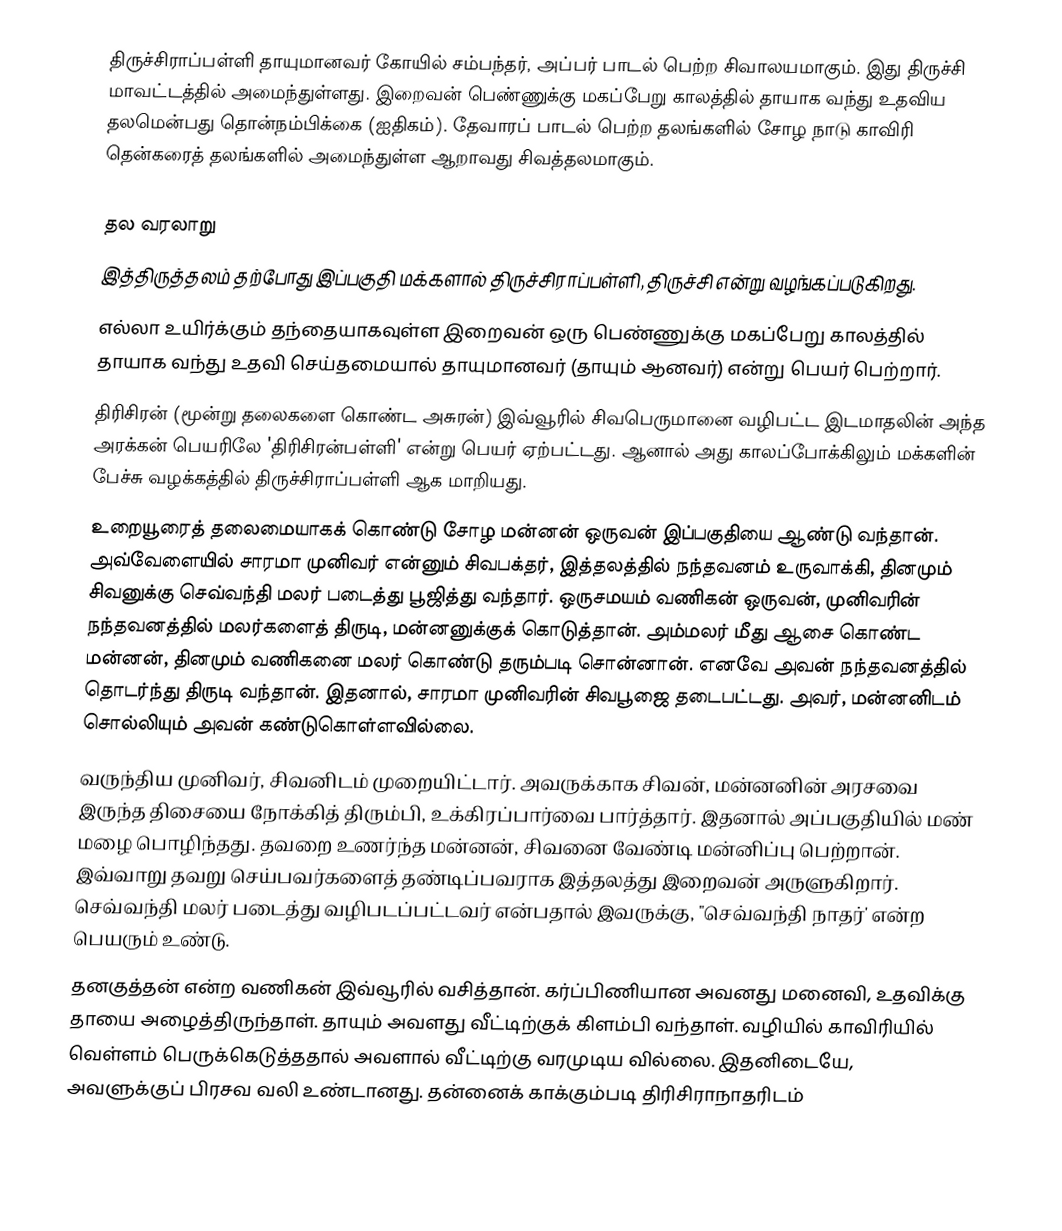
திருச்சிராப்பள்ளி தாயுமானவர் கோயில் சம்பந்தர், அப்பர் பாடல் பெற்ற சிவாலயமாகும். இது திருச்சி மாவட்டத்தில் அமைந்துள்ளது. இறைவன் பெண்ணுக்கு மகப்பேறு காலத்தில் தாயாக வந்து உதவிய தலமென்பது தொன்நம்பிக்கை (ஐதிகம்). தேவாரப் பாடல் பெற்ற தலங்களில்      சோழ நாடு காவிரி தென்கரைத் தலங்களில் அமைந்துள்ள ஆறாவது சிவத்தலமாகும்.

தல வரலாறு
 இத்திருத்தலம் தற்போது இப்பகுதி மக்களால் திருச்சிராப்பள்ளி, திருச்சி என்று வழங்கப்படுகிறது.
எல்லா உயிர்க்கும் தந்தையாகவுள்ள இறைவன் ஒரு பெண்ணுக்கு மகப்பேறு காலத்தில் தாயாக வந்து உதவி செய்தமையால் தாயுமானவர் (தாயும் ஆனவர்) என்று பெயர் பெற்றார்.
திரிசிரன் (மூன்று தலைகளை கொண்ட அசுரன்) இவ்வூரில் சிவபெருமானை வழிபட்ட இடமாதலின் அந்த அரக்கன் பெயரிலே 'திரிசிரன்பள்ளி' என்று பெயர் ஏற்பட்டது. ஆனால் அது காலப்போக்கிலும் மக்களின் பேச்சு வழக்கத்தில் திருச்சிராப்பள்ளி ஆக மாறியது.
உறையூரைத் தலைமையாகக் கொண்டு சோழ மன்னன் ஒருவன் இப்பகுதியை ஆண்டு வந்தான். அவ்வேளையில் சாரமா முனிவர் என்னும் சிவபக்தர், இத்தலத்தில் நந்தவனம் உருவாக்கி, தினமும் சிவனுக்கு செவ்வந்தி மலர் படைத்து பூஜித்து வந்தார். ஒருசமயம் வணிகன் ஒருவன், முனிவரின் நந்தவனத்தில் மலர்களைத் திருடி, மன்னனுக்குக் கொடுத்தான். அம்மலர் மீது ஆசை கொண்ட மன்னன், தினமும் வணிகனை மலர் கொண்டு தரும்படி சொன்னான். எனவே அவன் நந்தவனத்தில் தொடர்ந்து திருடி வந்தான். இதனால், சாரமா முனிவரின் சிவபூஜை தடைபட்டது. அவர், மன்னனிடம் சொல்லியும் அவன் கண்டுகொள்ளவில்லை.
 வருந்திய முனிவர், சிவனிடம் முறையிட்டார். அவருக்காக சிவன், மன்னனின் அரசவை இருந்த திசையை நோக்கித் திரும்பி, உக்கிரப்பார்வை பார்த்தார். இதனால் அப்பகுதியில் மண் மழை பொழிந்தது. தவறை உணர்ந்த மன்னன், சிவனை வேண்டி மன்னிப்பு பெற்றான். இவ்வாறு தவறு செய்பவர்களைத் தண்டிப்பவராக இத்தலத்து இறைவன் அருளுகிறார். செவ்வந்தி மலர் படைத்து வழிபடப்பட்டவர் என்பதால் இவருக்கு, "செவ்வந்தி நாதர்' என்ற பெயரும் உண்டு.
 தனகுத்தன் என்ற வணிகன் இவ்வூரில் வசித்தான். கர்ப்பிணியான அவனது மனைவி, உதவிக்கு தாயை அழைத்திருந்தாள். தாயும் அவளது வீட்டிற்குக் கிளம்பி வந்தாள். வழியில் காவிரியில் வெள்ளம் பெருக்கெடுத்ததால் அவளால் வீட்டிற்கு வரமுடிய வில்லை. இதனிடையே, அவளுக்குப் பிரசவ வலி உண்டானது. தன்னைக் காக்கும்படி திரிசிராநாதரிடம்